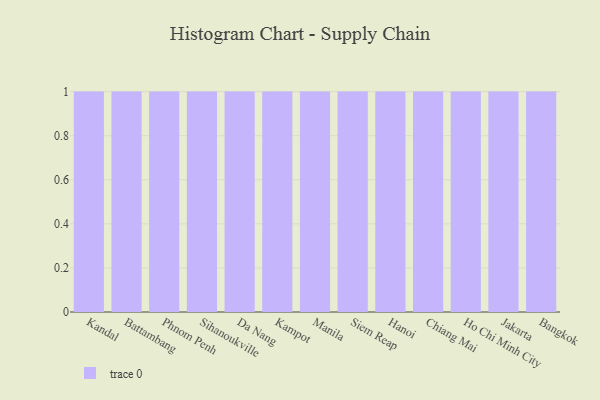
{"axis": {"x": "City", "y": "Active Users"}, "legend": [""], "data": [{"x": "Kandal", "y": 32, "type": ""}, {"x": "Battambang", "y": 20, "type": ""}, {"x": "Phnom Penh", "y": 65, "type": ""}, {"x": "Sihanoukville", "y": 93, "type": ""}, {"x": "Da Nang", "y": 23, "type": ""}, {"x": "Kampot", "y": 99, "type": ""}, {"x": "Manila", "y": 10, "type": ""}, {"x": "Siem Reap", "y": 100, "type": ""}, {"x": "Hanoi", "y": 20, "type": ""}, {"x": "Chiang Mai", "y": 22, "type": ""}, {"x": "Ho Chi Minh City", "y": 56, "type": ""}, {"x": "Jakarta", "y": 75, "type": ""}, {"x": "Bangkok", "y": 31, "type": ""}]}